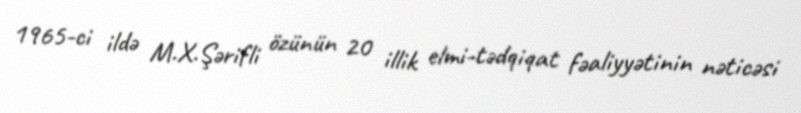
1965-ci ildə M.X.Şərifli özünün 20 illik elmi-tədqiqat fəaliyyətinin nəticəsi